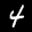
Label: 4